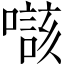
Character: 𡀲